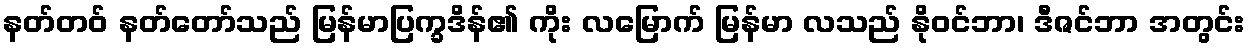
နတ်တဝ် နတ်တော်သည် မြန်မာပြက္ခဒိန်၏ ကိုး လမြောက် မြန်မာ လသည် နိုဝင်ဘာ၊ ဒီဇင်ဘာ အတွင်း